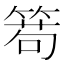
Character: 𥰄